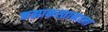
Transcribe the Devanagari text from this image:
कझाकस्तानाला